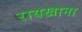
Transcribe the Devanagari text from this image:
रायखाना